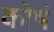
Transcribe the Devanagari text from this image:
कोषं